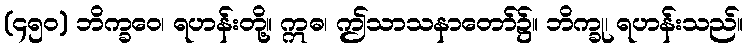
(၄၅၀) ဘိက္ခဝေ၊ ရဟန်းတို့။ ဣဓ၊ ဤသာသနာတော်၌။ ဘိက္ခု၊ ရဟန်းသည်။